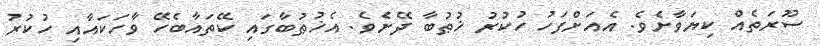
ސޫރަތެއް ކިޔަވާށެވެ. އެއަށްފަހު ހުކުރު ޚުޠުބާ ދޭށެވެ. އެޚުޠުބާގައި ކޭތައާބެހޭ ވާހަކައާއި ހުކުރު